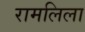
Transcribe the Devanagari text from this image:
रामलिला